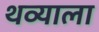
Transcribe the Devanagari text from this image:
थव्याला